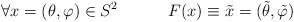
LaTeX: \begin{align*}\forall x=(\theta ,\varphi ) \in S^{2} \hspace*{.5in}F(x) \equiv \tilde{x}=(\tilde{\theta},\tilde{\varphi})\end{align*}